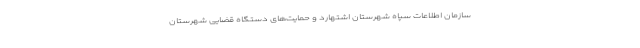
سازمان اطلاعات سپاه شهرستان اشتهارد و حمایت‌های دستگاه قضایی شهرستان